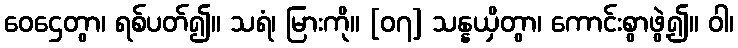
ဝေဌေတွာ၊ ရစ်ပတ်၍။ သရံ၊ မြားကို။ [၀၇] သန္နယှိတွာ၊ ကောင်းစွာဖွဲ့၍။ ဝါ၊